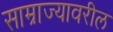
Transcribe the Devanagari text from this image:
साम्राज्यावरील